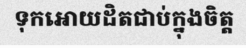
ទុកអោយដិតជាប់ក្នុងចិត្ត